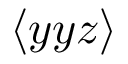
\langle y y z \rangle